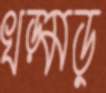
খড়্‌মড়্‌